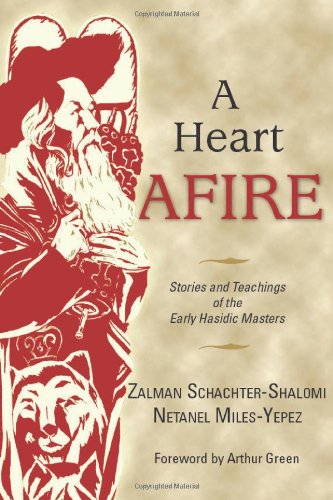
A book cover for A Heart Afire: Stories and Teachings of the Early Hasidic Masters; Zalman Schachter-Shalomi; Religion & Spirituality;